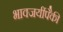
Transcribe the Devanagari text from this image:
भावजयींपैकी